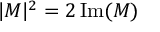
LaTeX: | M | ^ { 2 } = 2 \operatorname { I m } ( M )